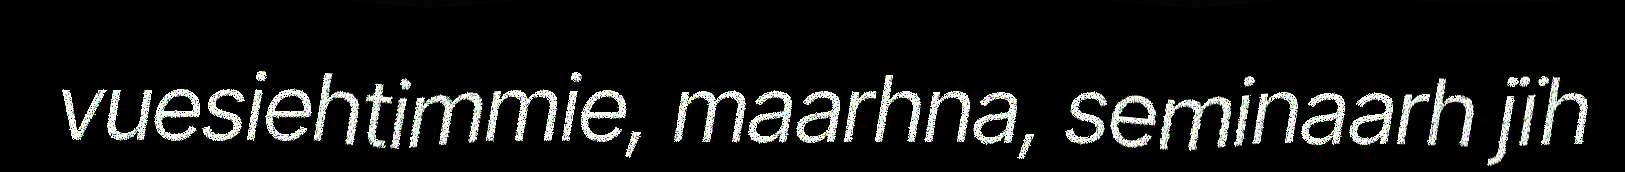
vuesiehtimmie, maarhna, seminaarh jïh